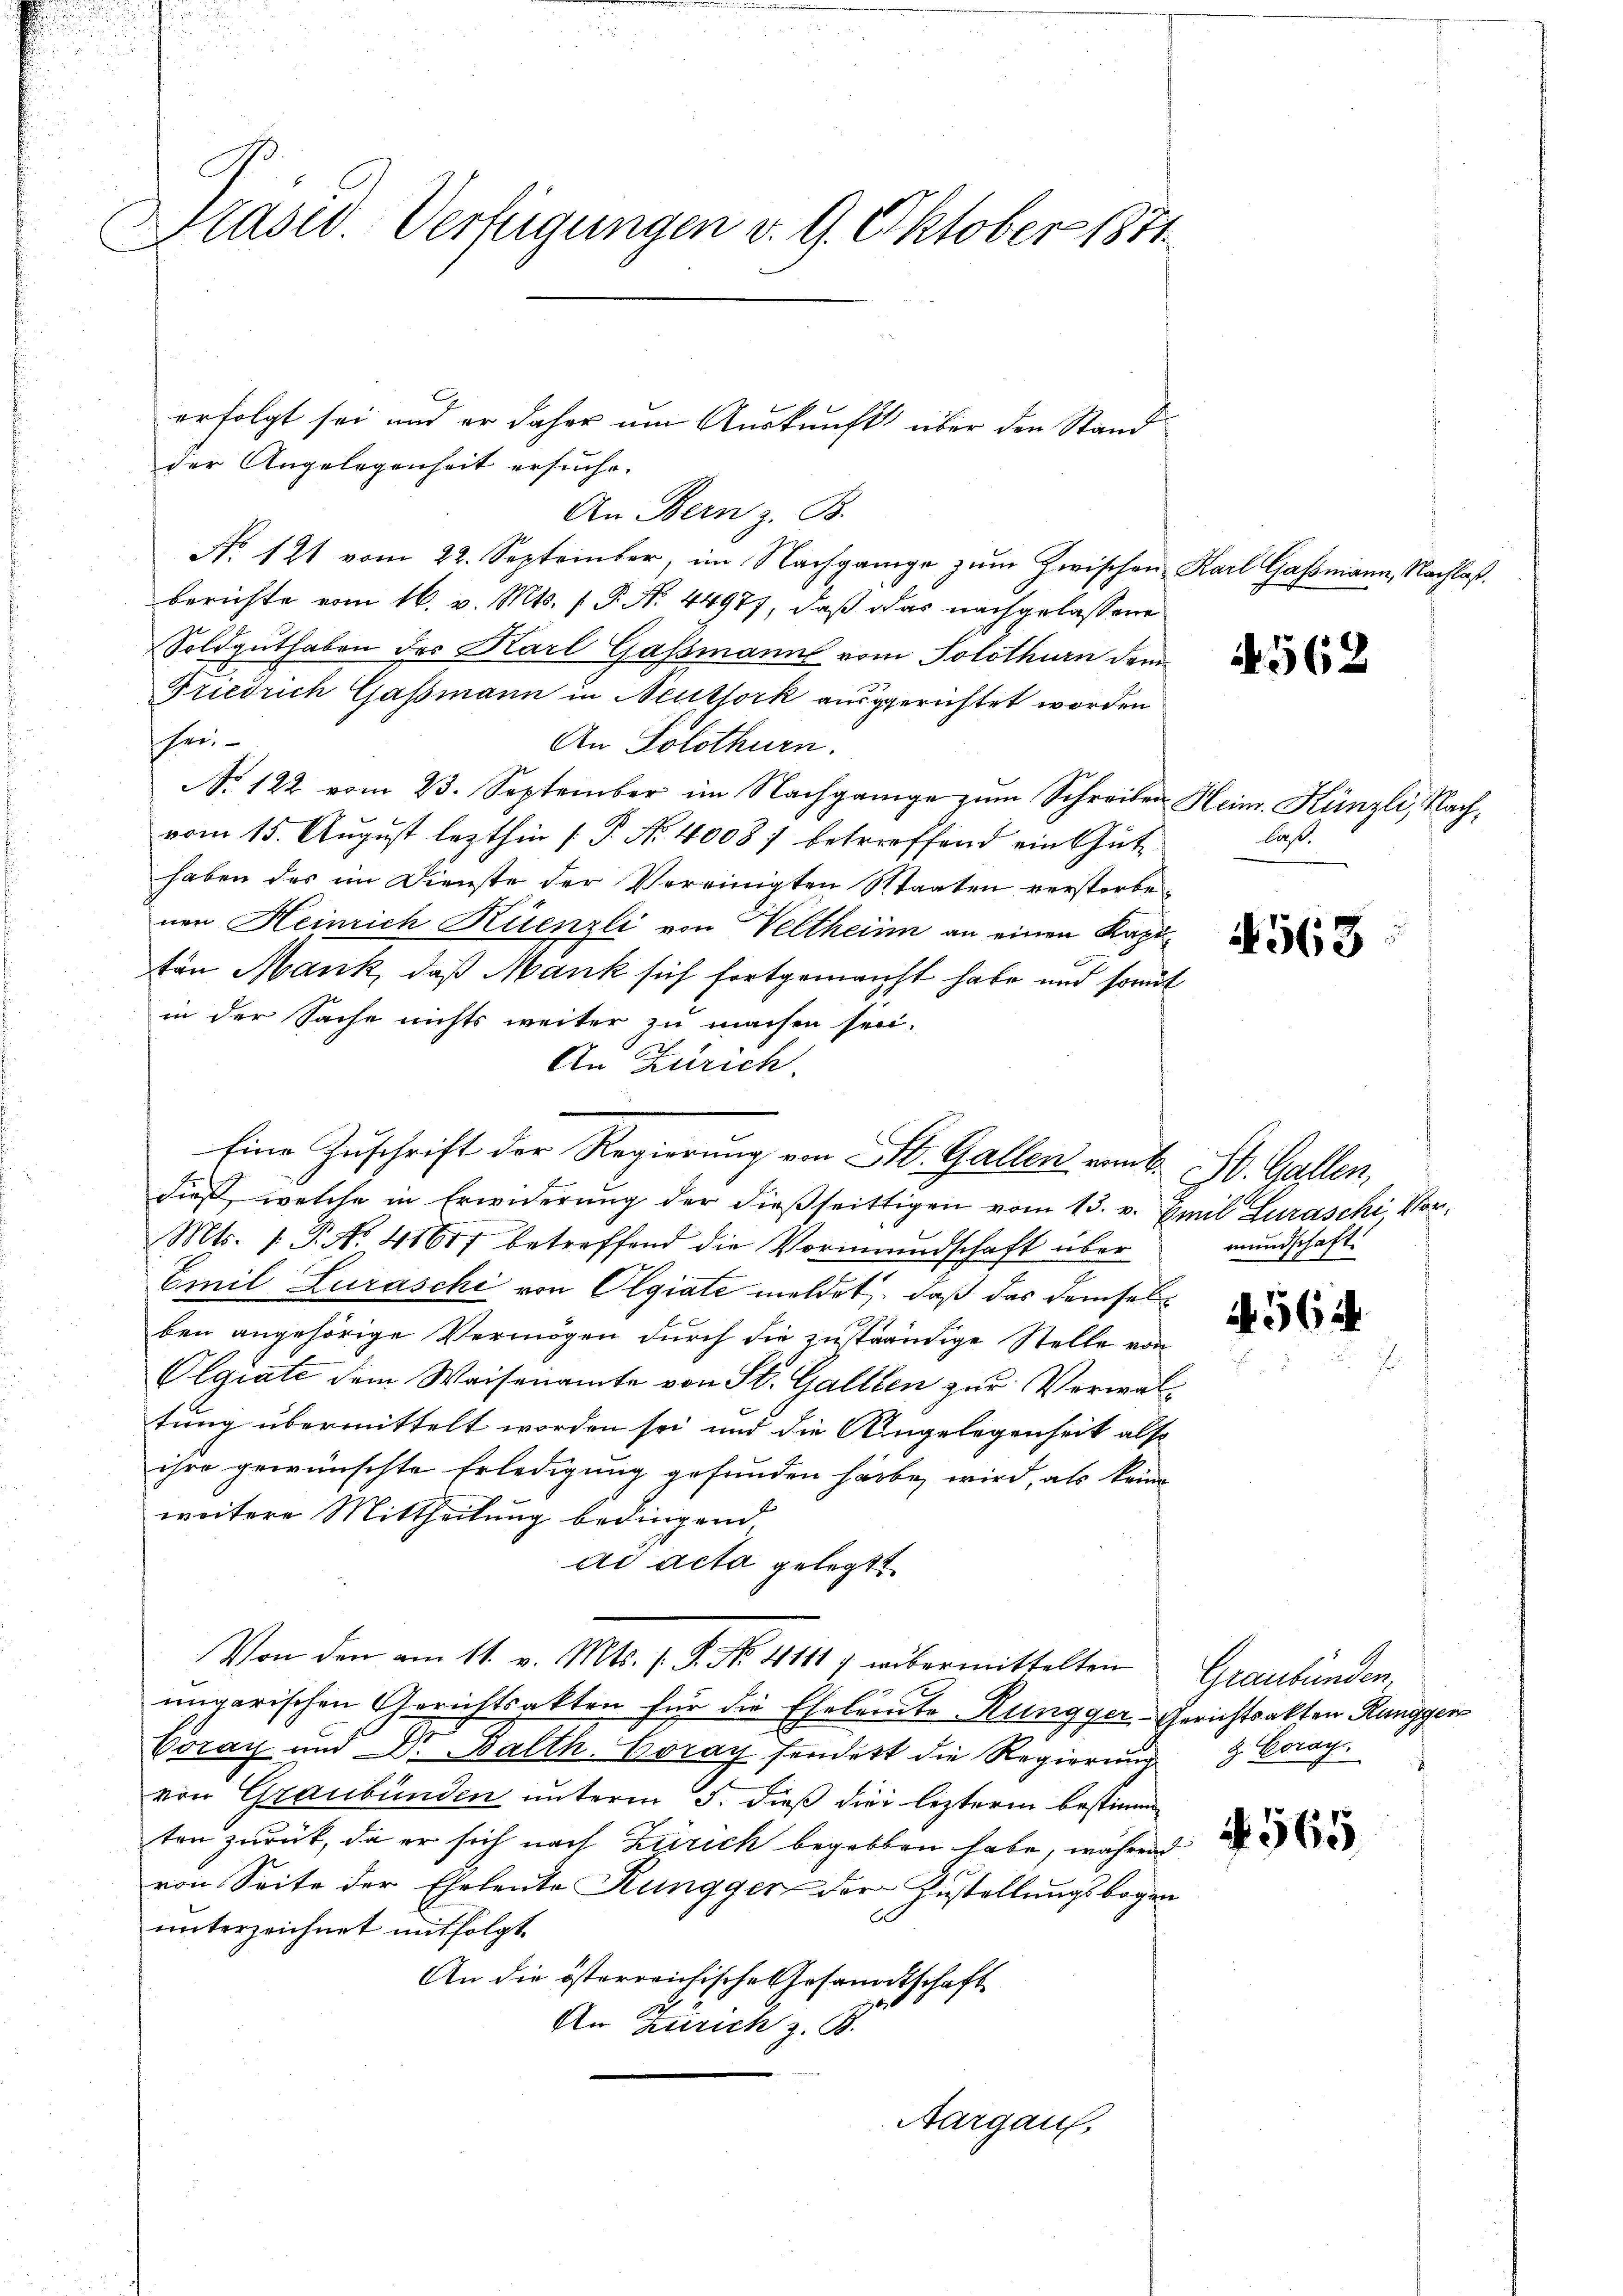
Präsid. Verfügungen v. 9. Oktober 1851.

erfolgt sei und er daher um Auskunft über den Stand
der Angelegenheit ersuche.
An Bern z. B.
No 121 vom 22. September, im Nachgange zum Zwischen Karl Gassmann, Nachlaß.
berichte vom 16. v. Mts. f. P. No. 44977, daß das nachgelassene
Soldguthaben des Karl Gassmanne vom Solothurn dem
Friedrich Gassmann in Neuthork ausgerichtet worden
hrei¬
An Solothurn.
No. 122 vom 23. September im Nachgange zum Schreiben Heim. Künzli, Nachvom 15. August lezthin [P. No 4008) betroffend ein Guthaben des im Dienste der Vereinigten Staaten verstorbe
nen Heinrich Kienzli von Veltheim an einen Kapiten Mank, daß Mank sich fortgemacht habe und somit
in der Sache nichts weiter zu machen sei.
An Zürich.
dieß, welche in Erwiderung der dießseitigen vom 13. v. Emil Luraschi Vor¬
Mts. /: P. Nr. 41677 betreffend die Vormundschaft über
Emil Zuraschi von Olgiate meldet, daß das demselben angehörige Vermögen durch die zuständige Stelle von
Olgiati dem Waisenamte von St. Gallten zur Verwaltung übermittelt worden sei und die Angelegenheit also
ihre gewünschte Erledigung gefunden habe, wird, als keine
weitere Mittheilung bedingend
ad acta gelegt
Von den am 11. v. Mts. f. P. Nr. 4111 7 wibermittelten Graubünden,
ungarischen Gerichtsakten für die Eheleute Rungger-Gerichtsakten Rungger
Coray und Dr. Balth. Coray sendert die Regierung
von Graubünden unterm 5. dieß die leztere bestimm
ten zurück, da er sich nach Zürich begabten habe, während
von Seite der Eheleute Rungger der Zustellungsbogen
unterzeichnet mitfolgt
An die österreichische Gesandtschaft
An Zürich z. B.
Aargau,

Eine Zuschrift der Regierung von St. Gallen eint. St. Gallen,

562

last.

4563

mundschaft.

A 562

& Coray.

565